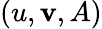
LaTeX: (u,\mathbf{v},A)